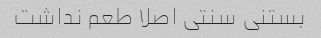
بستنی سنتی اصلا طعم نداشت